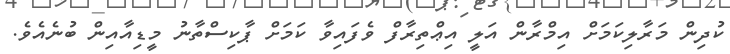
ކުދިން މަރާލިކަމަށް އިމްރާން އަލީ އިޢްތިރާފް ވެފައިވާ ކަމަށް ޕާކިސްތާނު މީޑިއާއިން ބުނެއެވެ.